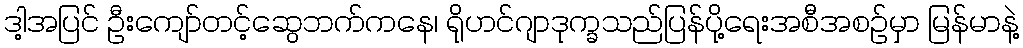
ဒါ့အပြင် ဦးကျော်တင့်ဆွေဘက်ကနေ၊ ရိုဟင်ဂျာဒုက္ခသည်ပြန်ပို့ရေးအစီအစဉ်မှာ မြန်မာနဲ့